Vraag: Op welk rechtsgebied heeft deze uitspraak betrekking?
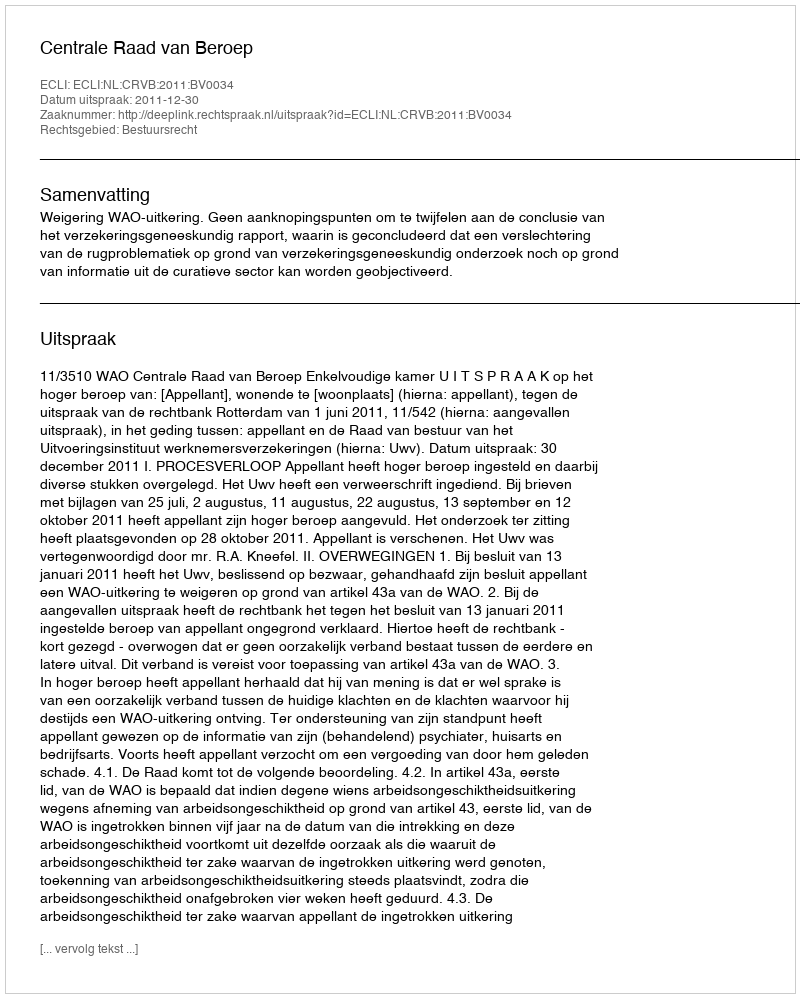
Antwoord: Bestuursrecht